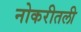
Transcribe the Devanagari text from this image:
नोकरीतली